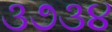
૩૭૩૪